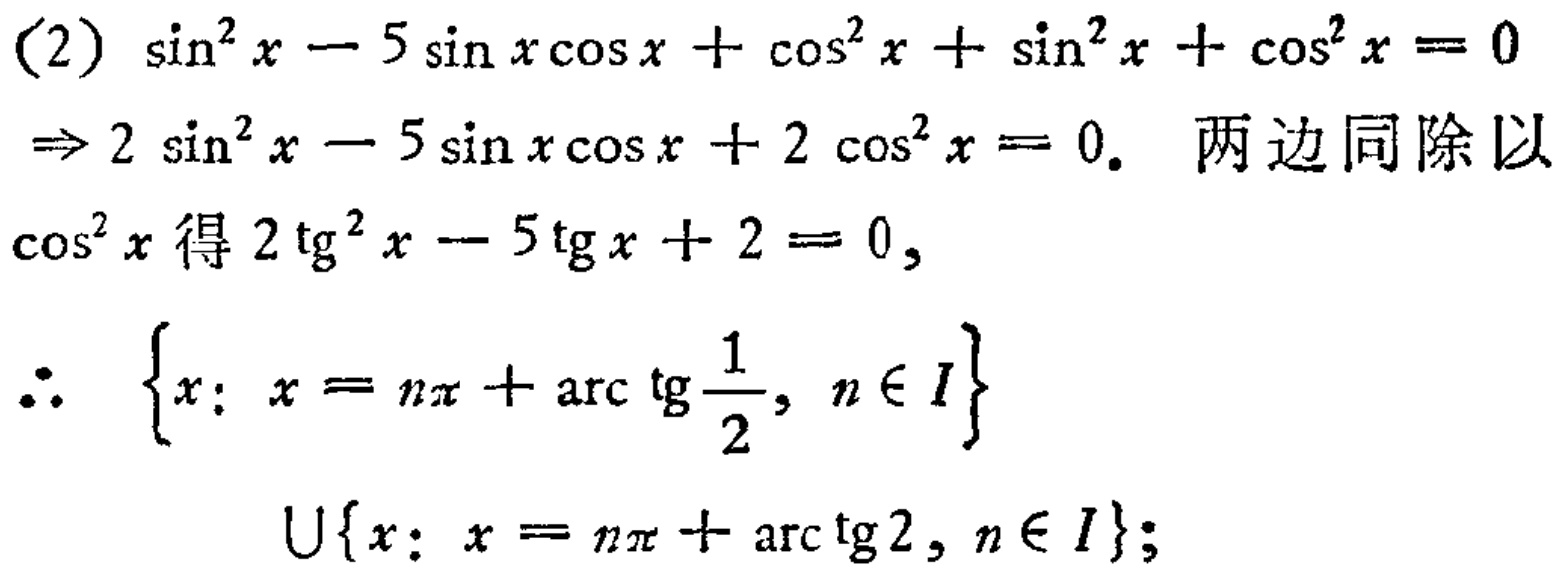
(2) \(\sin^{2}x - 5\sin x\cos x+\cos^{2}x+\sin^{2}x+\cos^{2}x = 0\)
\(\Rightarrow 2\sin^{2}x - 5\sin x\cos x + 2\cos^{2}x = 0\). 两边同除以
\(\cos^{2}x\)得\(2\mathrm{tg}^{2}x - 5\mathrm{tg}x + 2 = 0\),
\(\therefore \left\{x: x = n\pi+\mathrm{arc}\,\mathrm{tg}\frac{1}{2}, n\in I\right\}\)
\(\cup\left\{x: x = n\pi+\mathrm{arc}\,\mathrm{tg}2, n\in I\right\}\);